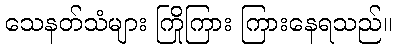
သေနတ်သံများ ကြိုကြား ကြားနေရသည်။